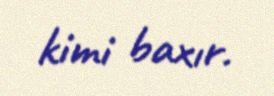
kimi baxır.